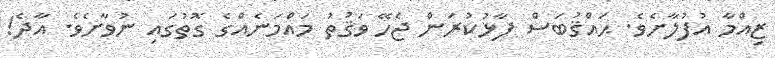
ޒިއްމާ އުފުލާށެވެ. ޙައްޤުބަސް ފާޅުކުރަން ޖެހޭ ވަޤުތު މައްމަނެއްގެ ގޮތުގައި ނުވާށެވެ. އާދެ!